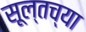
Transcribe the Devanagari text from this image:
सूल्तच्या